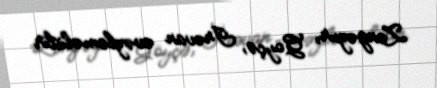
Zəngəzur, Göyçə, İrəvan əvəzləməlidir.